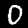
Label: 0